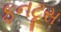
ફનટૂસ